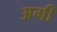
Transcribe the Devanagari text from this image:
अगीं